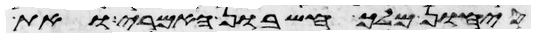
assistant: סיחון מלך חשבון האמרי ואת